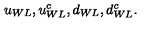
u _ { W L } , u _ { W L } ^ { c } , d _ { W L } , d _ { W L } ^ { c } .